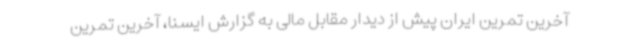
آخرین تمرین ایران پیش از دیدار مقابل مالی به گزارش ایسنا، آخرین تمرین